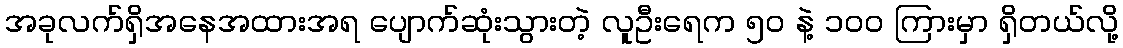
အခုလက်ရှိအနေအထားအရ ပျောက်ဆုံးသွားတဲ့ လူဦးရေက ၅၀ နဲ့ ၁၀၀ ကြားမှာ ရှိတယ်လို့